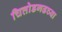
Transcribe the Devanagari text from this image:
चित्तोडगढच्या